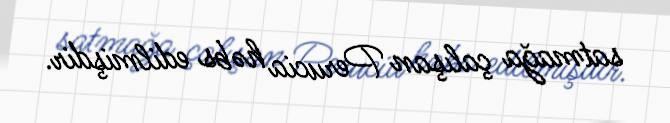
satmağa çalışan Perucia həbs edilmişdir.